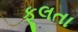
ફૂલતા